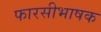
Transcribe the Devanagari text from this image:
फारसीभाषक